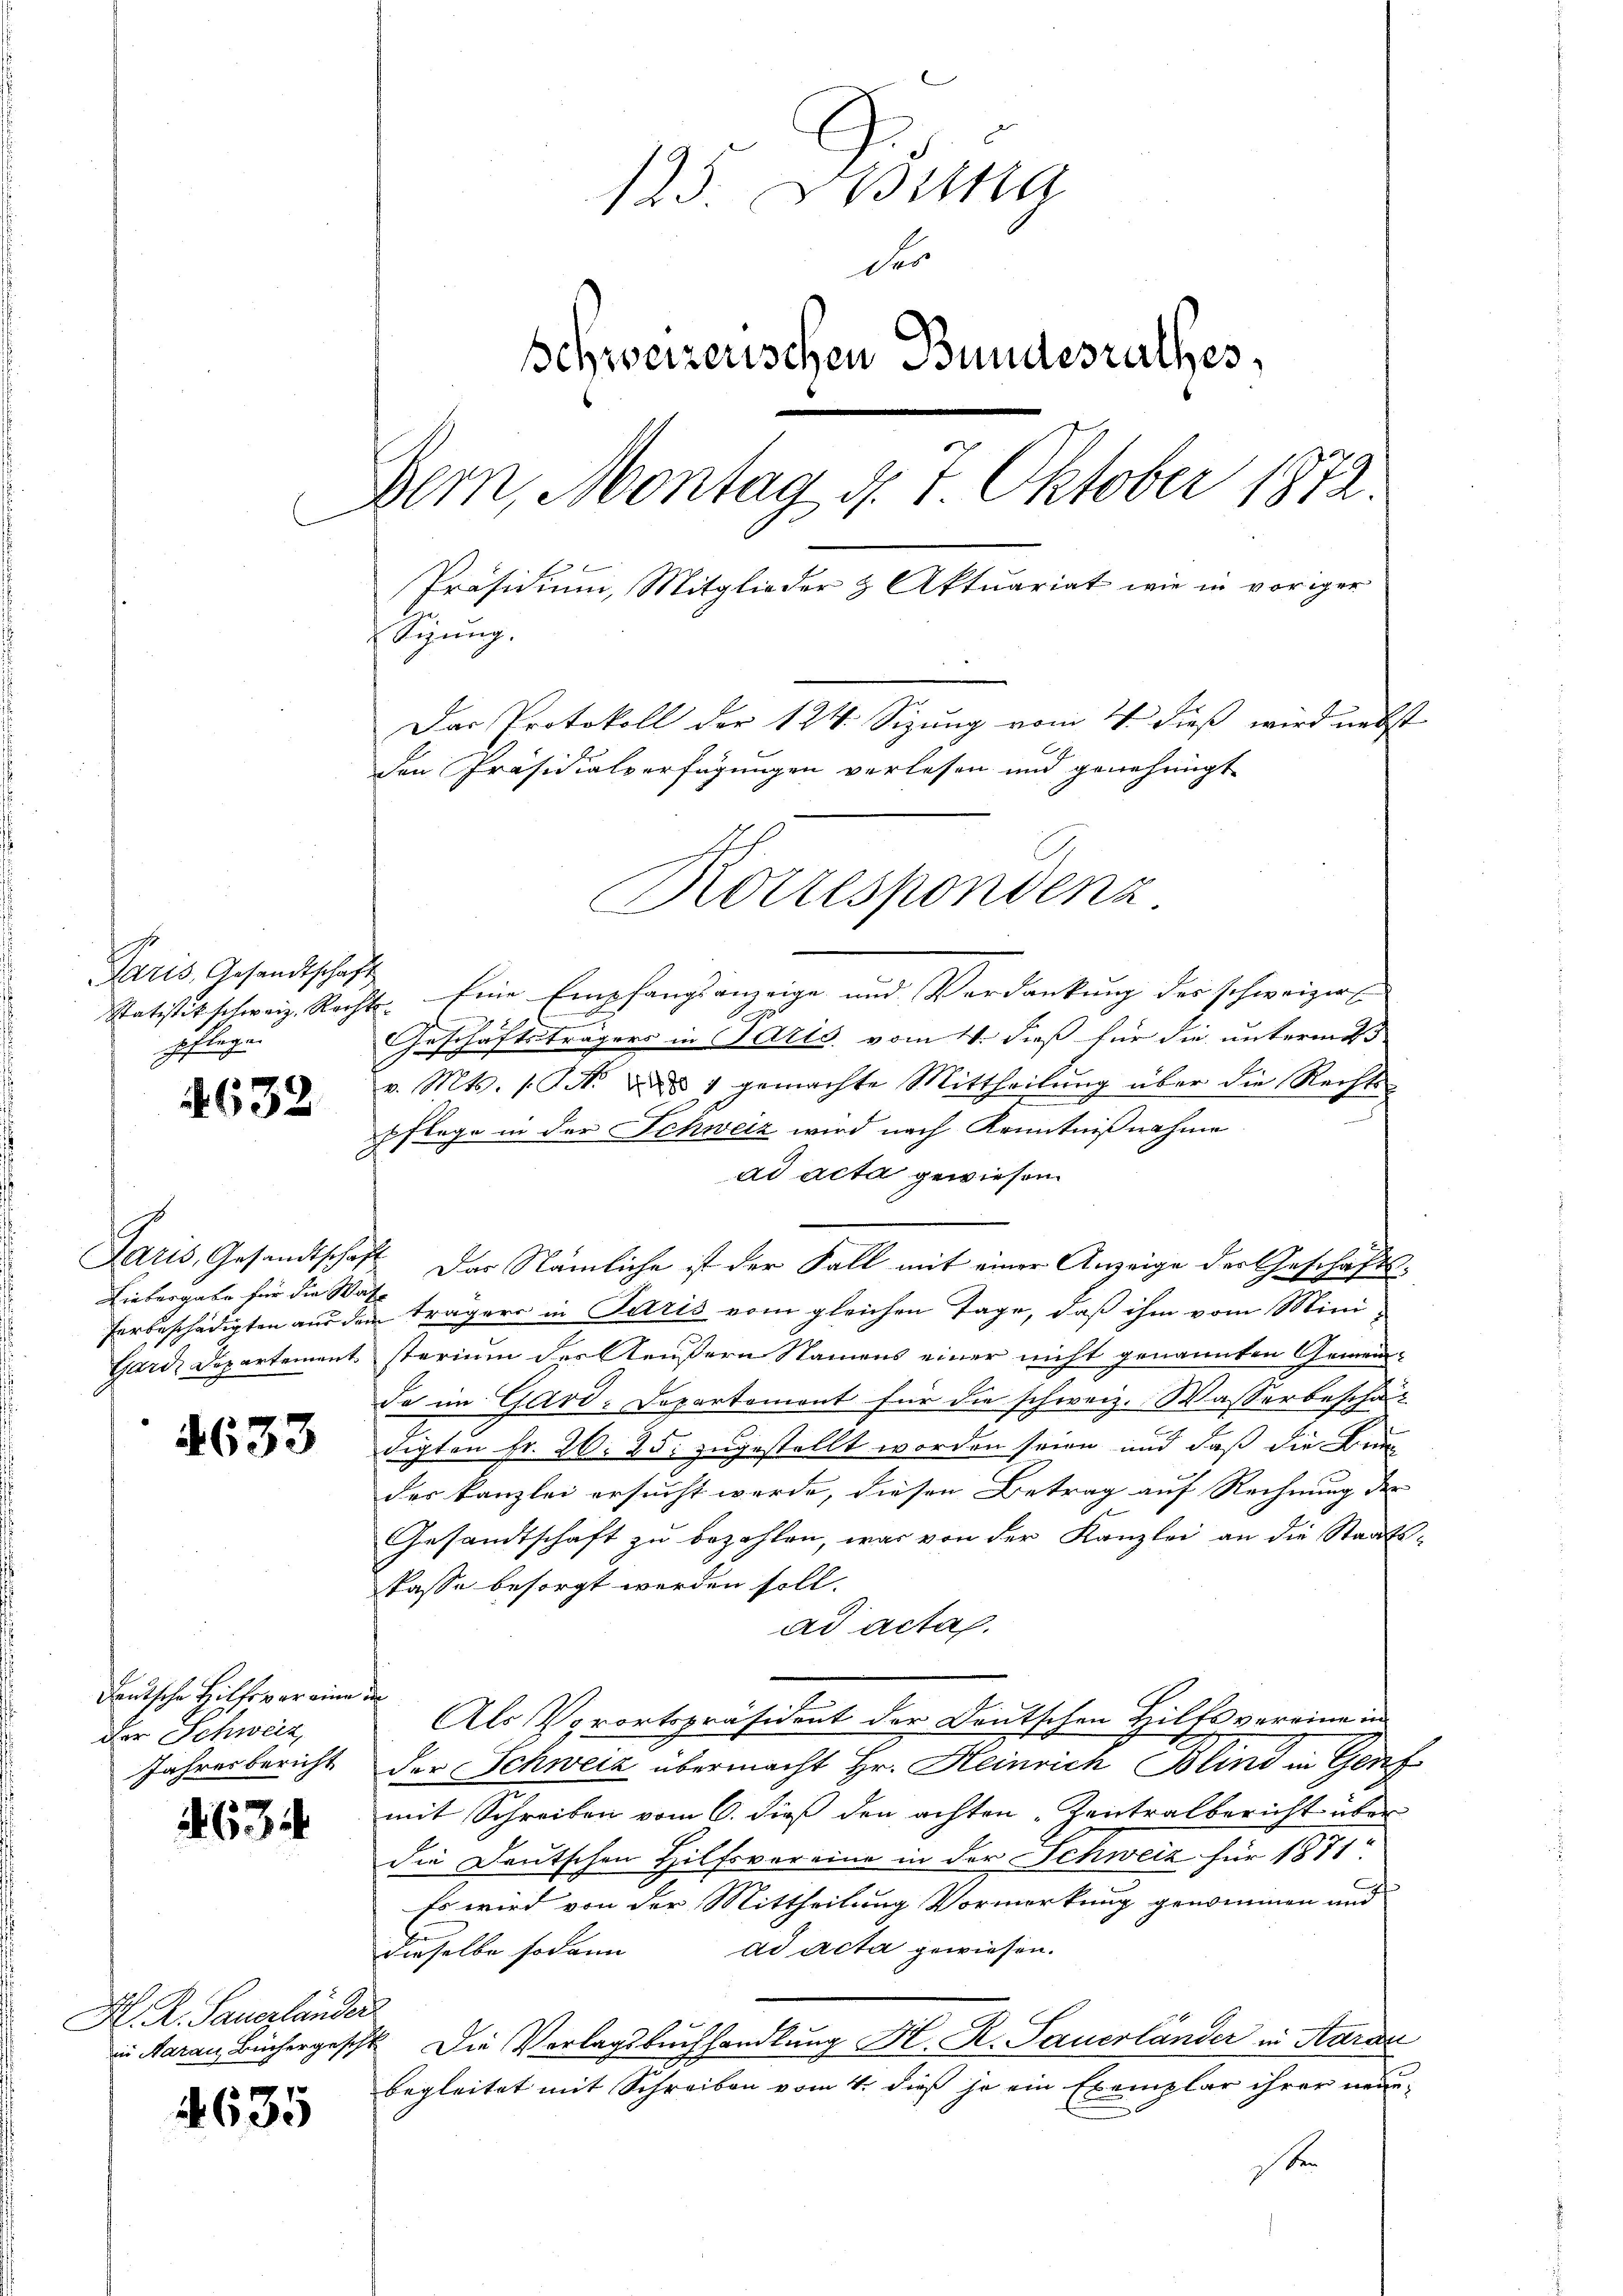
Paris, Gesandtschaft
Statistik schweiz. Rech- |
pflegen.

632

Paris, Gesandtschaf
Liebergabe für die Wa
herbeschädigten aus de
Gare Departement

4633

Deutsche Hilfs war eine
der Schweiz,
Jahresbericht

634

H. R. Sauerländer
in Aarau Büchergeschl

635

125. Mitta
des
schweizerischen Bundesrathes,
Bern, Montag d. 7. Oktober 1872.
Präsidiŭm, Mitglieder & Aktuariat wie in voriger
Sigung.
Das Protokoll der 124. Sizung vom 4. dieß wird nebst
den Präsidialverfügungen verlesen und genehmigt
Kottespondenz.

Eine Empfangsanzeige und Verdankung des schweizer
g
Geschäftsträgers in Paris vom 11. dieß für die unterm 2
v. Mts. (T. dd 1 gemachte Mittheilŭng über die Rechts-
¬
Pflege in der Schweiz wird nach Kenntnißnahme
ad acta gewiesen.
Das Nämliche ist der Fall mit einer Anzeige der Geschäftsträgers in Paris vom gleichen Tage, daß ihm vom Mini-
sterium des Aeußern Namens einer nicht genannten Gemeinde im Gard-Departement für die schweiz. Wasserbeschäft
digten Fr. 26. 25. zugestellt worden seien und daß die Bren
der Kanzlei ersucht werde, diesen Betrag auf Rechnung der
Gesandtschaft zu bezahlen, was von der Kanzlei an die Staats-
kasse besorgt werden soll.
ad acta.
t
Als Vorortspräsident der Deutschen Hilfs vereine in
der Schweiz übermacht Hr. Heinrich Blind in Genf
mit Schreiben vom 6. dieß den achten „Zentralbericht über
die Deutschen Hilfsvereine in der Schweiz für 1871:
Es wird von der Mittheilung Vormerkung genommen und
dieselbe sodann ad acta gewiesen.
 Die Verlagsbuchhandlung Hr. R. Sauerländer in Aarau
begleitet mit Schreiben vom 4. dieß je ein Exemplar ihrer neue
sten